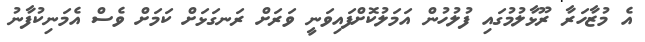
އެ މުޒާހަރާ ރޫޅާލުމުގައި ފުލުހުން އަމަލުކޮށްފައިވަނީ ވަރަށް ރަނގަޅަށް ކަމަށް ވެސް އެމަނިކުފާނު